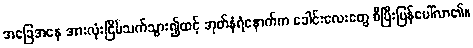
အခြေအနေ အားလုံးငြိမ်သက်သွား၍ထင့် အုတ်နံရံနောက်က ခေါင်းလေးတွေ စီပြီးပြန်ပေါ်လာ၏။